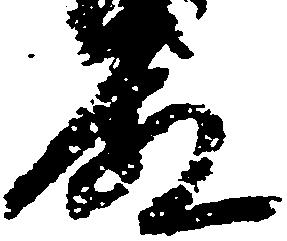
殿